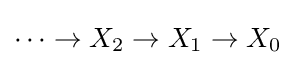
\cdots \to X_{2}\to X_{1}\to X_{0}